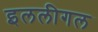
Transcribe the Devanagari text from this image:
इललीगल